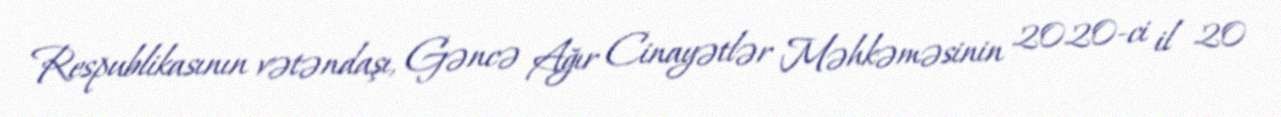
Respublikasının vətəndaşı, Gəncə Ağır Cinayətlər Məhkəməsinin 2020-ci il 20